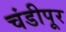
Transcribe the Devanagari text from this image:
चंडीपूर